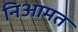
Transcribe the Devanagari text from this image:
निआमत